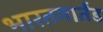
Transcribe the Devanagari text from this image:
भारतमार्तंड